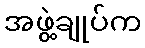
အဖွဲ့ချုပ်က